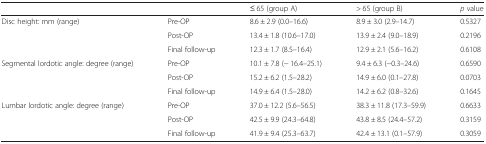
<table><thead><tr><td></td><td></td><td><b>≤ 65 (group A)</b></td><td><b>&gt; 65 (group B)</b></td><td><b><i>p</i> value</b></td></tr></thead><tbody><tr><td rowspan="3">Disc height: mm (range)</td><td>Pre-OP</td><td>8.6 ± 2.9 (0.0–16.6)</td><td>8.9 ± 3.0 (2.9–14.7)</td><td>0.5327</td></tr><tr><td>Post-OP</td><td>13.4 ± 1.8 (10.6–17.0)</td><td>13.9 ± 2.4 (9.0–18.9)</td><td>0.2196</td></tr><tr><td>Final follow-up</td><td>12.3 ± 1.7 (8.5–16.4)</td><td>12.9 ± 2.1 (5.6–16.2)</td><td>0.6108</td></tr><tr><td rowspan="3">Segmental lordotic angle: degree (range)</td><td>Pre-OP</td><td>10.1 ± 7.8 (− 16.4–25.1)</td><td>9.4 ± 6.3 (−0.3–24.6)</td><td>0.6590</td></tr><tr><td>Post-OP</td><td>15.2 ± 6.2 (1.5–28.2)</td><td>14.9 ± 6.0 (0.1–27.8)</td><td>0.0703</td></tr><tr><td>Final follow-up</td><td>14.9 ± 6.4 (1.5–28.0)</td><td>14.2 ± 6.2 (0.8–32.6)</td><td>0.1645</td></tr><tr><td rowspan="3">Lumbar lordotic angle: degree (range)</td><td>Pre-OP</td><td>37.0 ± 12.2 (5.6–56.5)</td><td>38.3 ± 11.8 (17.3–59.9)</td><td>0.6633</td></tr><tr><td>Post-OP</td><td>42.5 ± 9.9 (24.3–64.8)</td><td>43.8 ± 8.5 (24.4–57.2)</td><td>0.3159</td></tr><tr><td>Final follow-up</td><td>41.9 ± 9.4 (25.3–63.7)</td><td>42.4 ± 13.1 (0.1–57.9)</td><td>0.3059</td></tr></tbody></table>